Treatise on elephants
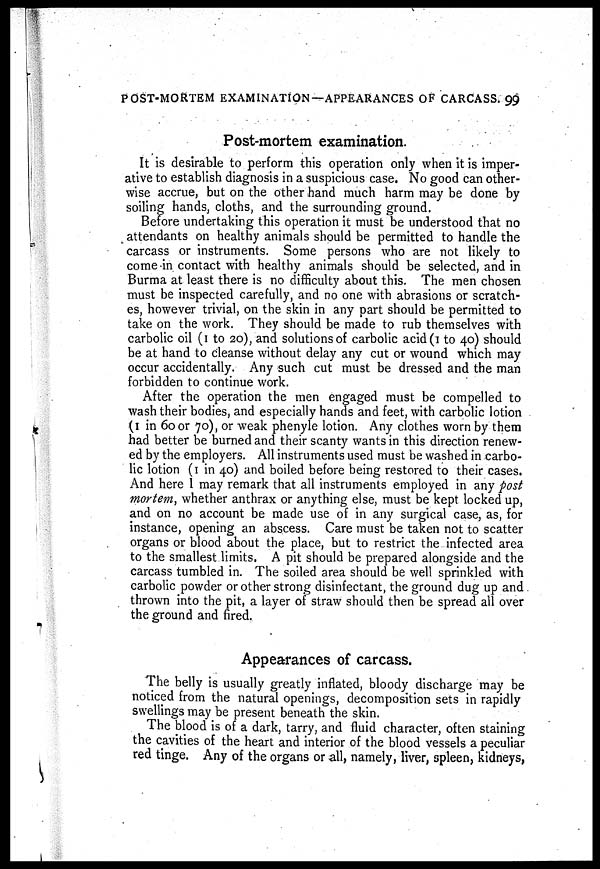
POST-MORTEM EXAMINATION—APPEARANCES OF CARCASS. 99
Post-mortem examination.
It is desirable to perform this operation only when it is imper-
ative to establish diagnosis in a suspicious case. No good can other-
wise accrue, but on the other hand much harm may be done by
soiling hands, cloths, and the surrounding ground.
Before undertaking this operation it must be understood that no
attendants on healthy animals should be permitted to handle the
carcass or instruments. Some persons who are not likely to
come in contact with healthy animals should be selected, and in
Burma at least there is no difficulty about this. The men chosen
must be inspected carefully, and no one with abrasions or scratch-
es, however trivial, on the skin in any part should be permitted to
take on the work. They should be made to rub themselves with
carbolic oil (1 to 20), and solutions of carbolic acid (1 to 40) should
be at hand to cleanse without delay any cut or wound which may
occur accidentally. Any such cut must be dressed and the man
forbidden to continue work.
After the operation the men engaged must be compelled to
wash their bodies, and especially hands and feet, with carbolic lotion
(1 in 60 or 70), or weak phenyle lotion. Any clothes worn by them
had better be burned and their scanty wants in this direction renew-
ed by the employers. All instruments used must be washed in carbo-
lic lotion (1 in 40) and boiled before being restored to their cases.
And here 1 may remark that all instruments employed in any post
mortem, whether anthrax or anything else, must be kept locked up,
and on no account be made use of in any surgical case, as, for
instance, opening an abscess. Care must be taken not to scatter
organs or blood about the place, but to restrict the infected area
to the smallest limits. A pit should be prepared alongside and the
carcass tumbled in. The soiled area should be well sprinkled with
carbolic powder or other strong disinfectant, the ground dug up and
thrown into the pit, a layer of straw should then be spread all over
the ground and fired.
Appearances of carcass.
The belly is usually greatly inflated, bloody discharge may be
noticed from the natural openings, decomposition sets in rapidly
swellings may be present beneath the skin.
The blood is of a dark, tarry, and fluid character, often staining
the cavities of the heart and interior of the blood vessels a peculiar
red tinge. Any of the organs or all, namely, liver, spleen, kidneys,